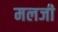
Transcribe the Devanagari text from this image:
मलजी